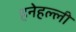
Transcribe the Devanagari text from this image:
हनेहल्ली